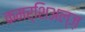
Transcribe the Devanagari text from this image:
कमर्शिअल्ज़